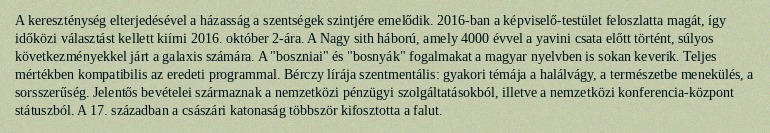
A kereszténység elterjedésével a házasság a szentségek szintjére emelődik. 2016-ban a képviselő-testület feloszlatta magát, így időközi választást kellett kiírni 2016. október 2-ára. A Nagy sith háború, amely 4000 évvel a yavini csata előtt történt, súlyos következményekkel járt a galaxis számára. A "boszniai" és "bosnyák" fogalmakat a magyar nyelvben is sokan keverik. Teljes mértékben kompatibilis az eredeti programmal. Bérczy lírája szentmentális: gyakori témája a halálvágy, a természetbe menekülés, a sorsszerűség. Jelentős bevételei származnak a nemzetközi pénzügyi szolgáltatásokból, illetve a nemzetközi konferencia-központ státuszból. A 17. században a császári katonaság többször kifosztotta a falut.